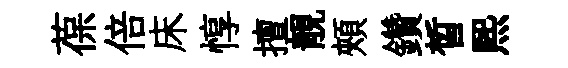
葆倍床惇擅靚頰鑽晳煕